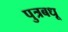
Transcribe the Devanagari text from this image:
पुत्रबधू